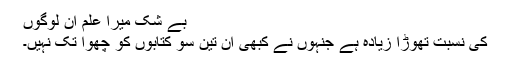
بے شک میرا علم ان لوگوں
کی نسبت تھوڑا زیادہ ہے جنہوں نے کبھی ان تین سو کتابوں کو چھوا تک نہیں۔